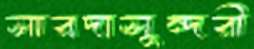
সারদাসুন্দরী